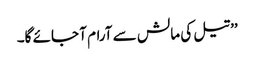
’’تیل کی مالش سے آرام آ جائے گا۔